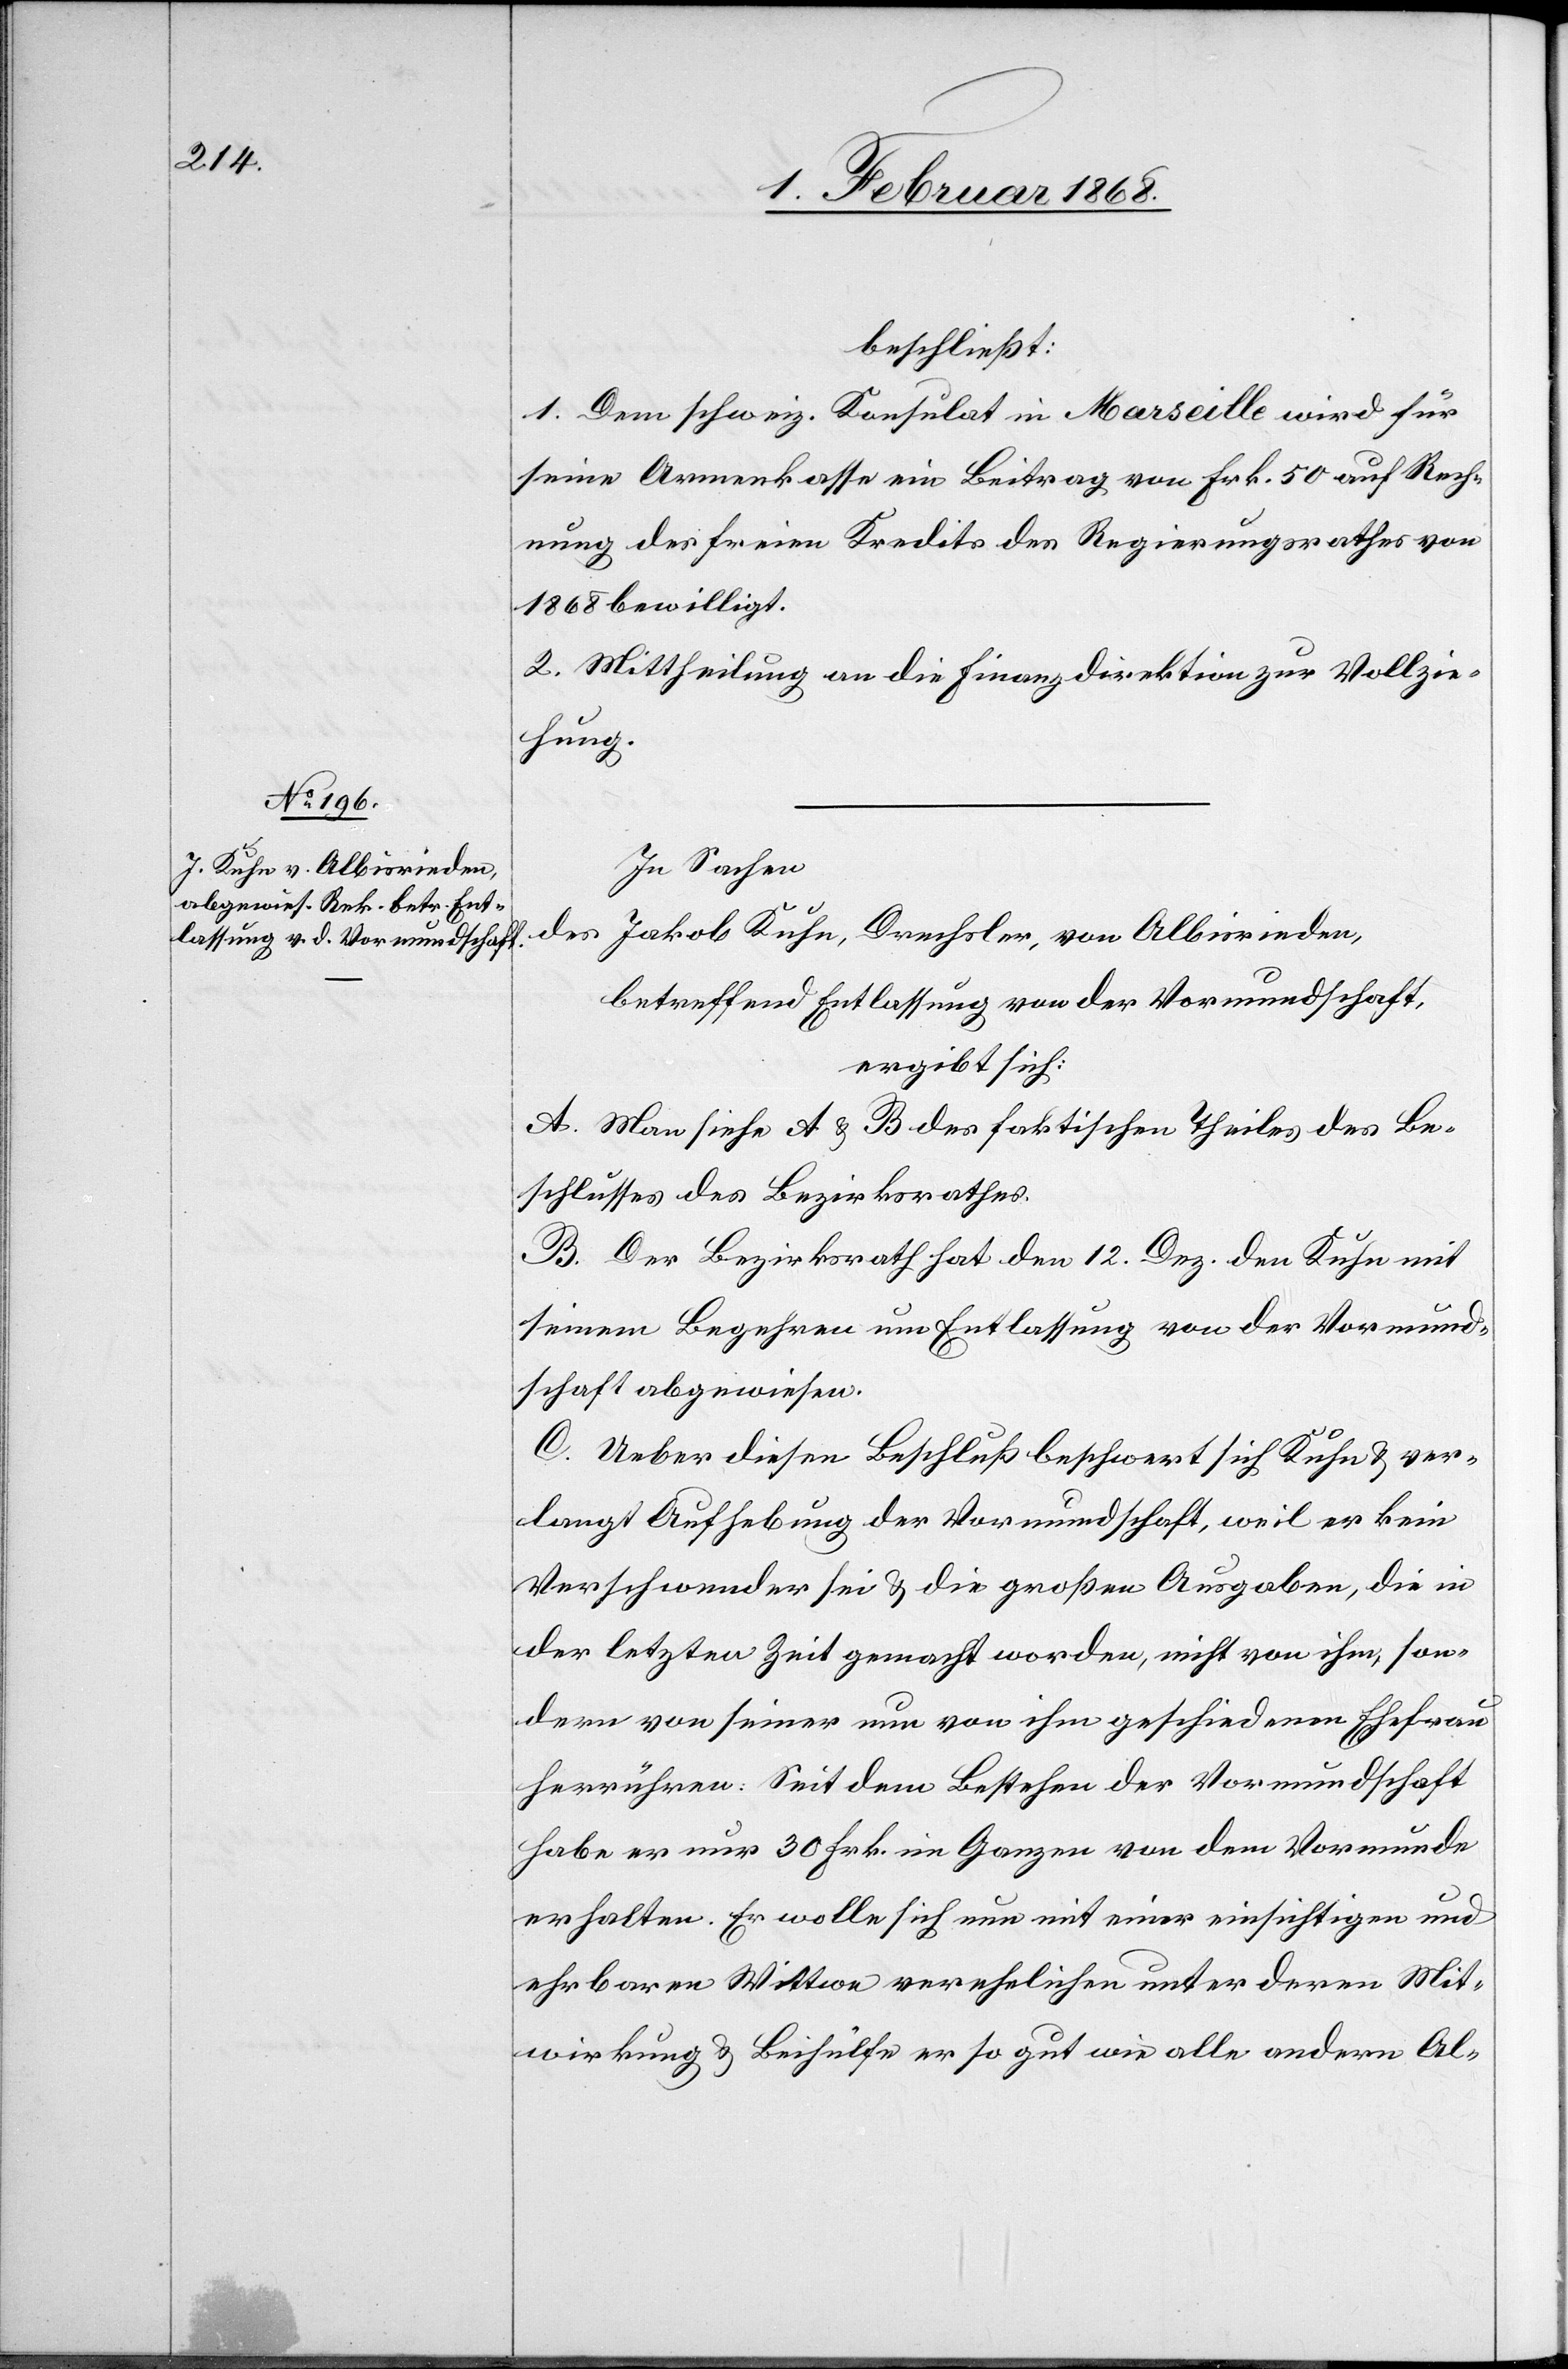
beschließt:
1. Dem schweiz. Konsulat in Marseille wird für
seine Armenkasse ein Beitrag von Frk. 50 auf Rech¬
nung des freien Kredits des Regierungsrathes von
1868 bewilligt.
2. Mittheilung an die Finanzdirektion zur Vollzie¬
hung.
In Sachen
des Jakob Kuhn, Drechsler, von Albisrieden,
betreffend Entlassung von der Vormundschaft,
ergibt sich:
A. Man siehe A & B des faktischen Theiles des Be¬
schlusses des Bezirksrathes.
B. Der Bezirksrath hat den 12. Dez. den Kuhn mit
seinem Begehren um Entlassung von der Vormund¬
schaft abgewiesen.
C. Ueber diesen Beschluß beschwert sich Kuhn & ver¬
langt Aufhebung der Vormundschaft, weil er kein
Verschwender sei & die großen Ausgaben, die in
der letzten Zeit gemacht worden, nicht von ihm, son¬
dern von seiner nun von ihm geschiedenen Ehefrau
herrühren: Seit dem Bestehen der Vormundschaft
habe er nur 30 Frk. im Ganzen von dem Vormunde
erhalten. Er wolle sich nun mit einer einsichtigen und
ehrbaren Wittwe verehelichen unter deren Mit¬
wirkung & Beihülfe er so gut wie alle andern Al-